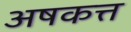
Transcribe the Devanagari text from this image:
अषकत्त